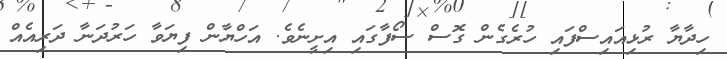
ހިދާޔާ ރުޅިއައިސްފައި ހުރެގެން ގޮސް ސޯފާގައި އިށީނެވެ. އަހްޔާން ފިޔަވާ ހަރުދަނާ ދަރިއެއް